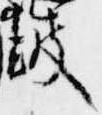
鼓